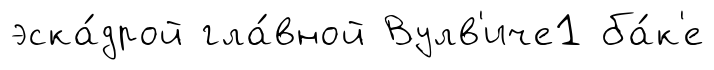
эска́дрой гла́вной Вулв'иче1 ба́к'е